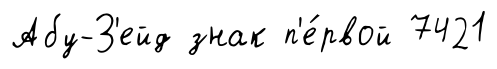
Абу-З'ейд знак п'е́рвой 7421